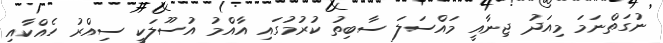
ނުގަތްނަމަ މިއަދު ޖިނާއީ މައްސަލަ ސާބިތު ކުރުމުގައި އާއްމު އުސޫލަކީ ސިއްރު ހެއްކާއި